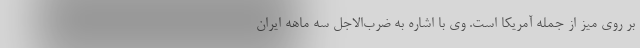
بر روی میز از جمله آمریکا است. وی با اشاره به ضرب‌الاجل سه ماهه ایران